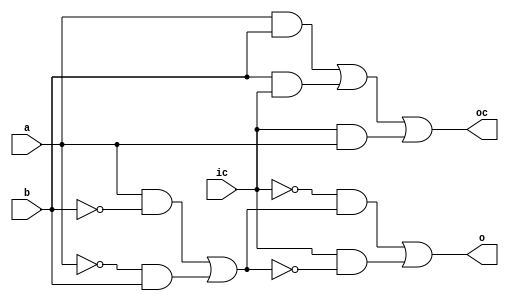
`timescale 1ns / 1ps
//////////////////////////////////////////////////////////////////////////////////
// Company: 
// Engineer: 
// 
// Design Name: 
// Module Name: N_bit_Parallel
// Project Name: 
// Target Devices: 
// Tool Versions: 
// Description: 
// 
// Dependencies: 
// 
// Revision:
// Revision 0.01 - File Created
// Additional Comments:
// 
//////////////////////////////////////////////////////////////////////////////////
module fulladder(a,b,ic,o,oc);
 
input a,b,ic;
 
output o,oc;
 
assign o = (~ic & ((a & ~b) | (~a & b)) ) | (ic & ~((a & ~b) | (~a & b)) );
 
assign oc = (a & b) | (b & ic) | (ic & a);
 
endmodule

module N_bit_Parallel(in1,in2,ic,out,oc);

input [3:0]in1;
 
input [3:0]in2;
 
input ic;
 
output [3:0]out;
 
output [3:0]oc;
 
fulladder fa1(in1[0],in2[0],ic,out[0],oc[0]);
 
fulladder fa2(in1[1],in2[1],oc[0],out[1],oc[1]);
 
fulladder fa3(in1[2],in2[2],oc[1],out[2],oc[2]);
 
fulladder fa4(in1[3],in2[3],oc[2],out[3],oc[3]);

endmodule